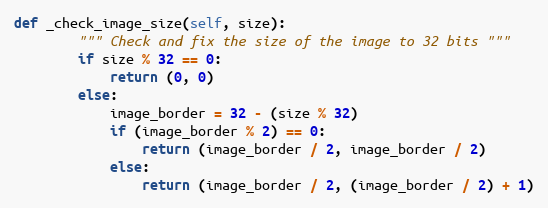
Language: Python
def _check_image_size(self, size):
        """ Check and fix the size of the image to 32 bits """
        if size % 32 == 0:
            return (0, 0)
        else:
            image_border = 32 - (size % 32)
            if (image_border % 2) == 0:
                return (image_border / 2, image_border / 2)
            else:
                return (image_border / 2, (image_border / 2) + 1)